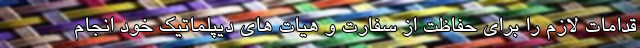
قدامات لازم را برای حفاظت از سفارت و هیات های دیپلماتیک خود انجام